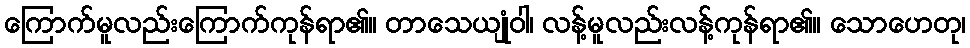
ကြောက်မူလည်းကြောက်ကုန်ရာ၏။ တာသေယျုံဝါ၊ လန့်မူလည်းလန့်ကုန်ရာ၏။ သောဟေတု၊